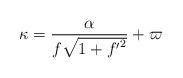
LaTeX: \begin{align*}\kappa =\frac{\alpha}{f\sqrt{1+{f'}^2}}+\varpi\end{align*}